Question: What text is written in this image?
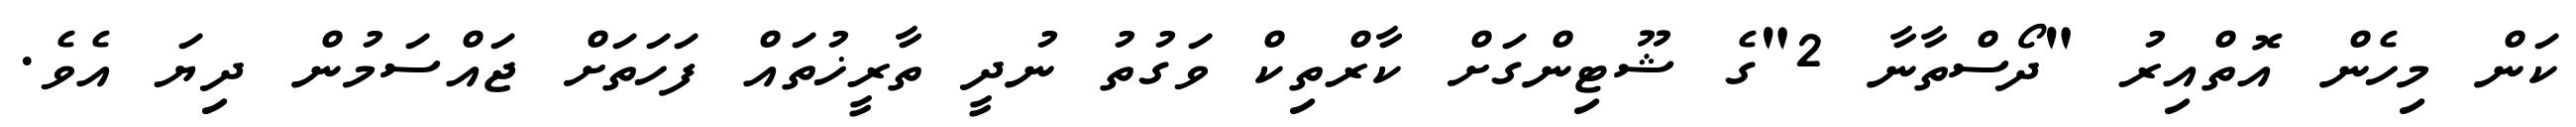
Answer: ކަން މިހެން އޮތްއިރު "ދޯސްތާނާ 2"ގެ ޝޫޓިންގަށް ކާރްތިކް ވަގުތު ނުދީ ތާރީޚުތައް ފަހަތަށް ޖައްސަމުން ދިޔަ އެވެ.